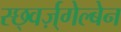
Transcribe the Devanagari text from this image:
स्छ्वर्ज़्गेल्बेन